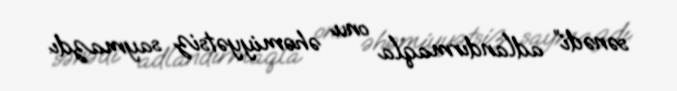
sənədi” adlandırmaqla onu əhəmiyyətsiz saymazdı.